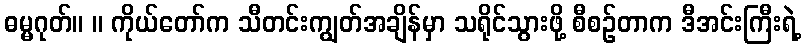
ဓမ္မဂုတ်။ ။ ကိုယ်တော်က သီတင်းကျွတ်အချိန်မှာ သရိုင်သွားဖို့ စီစဉ်တာက ဒီအင်းကြီးရဲ့